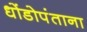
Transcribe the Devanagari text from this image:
धोंडोपंताना